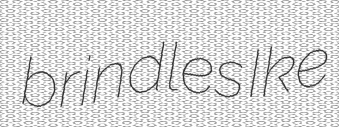
brindles Ike